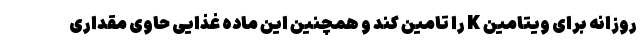
روزانه برای ویتامین K را تامین کند و همچنین این ماده غذایی حاوی مقداری